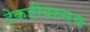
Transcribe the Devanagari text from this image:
टेकडीवरुनच